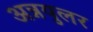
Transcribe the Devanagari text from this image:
अन्नयुलर